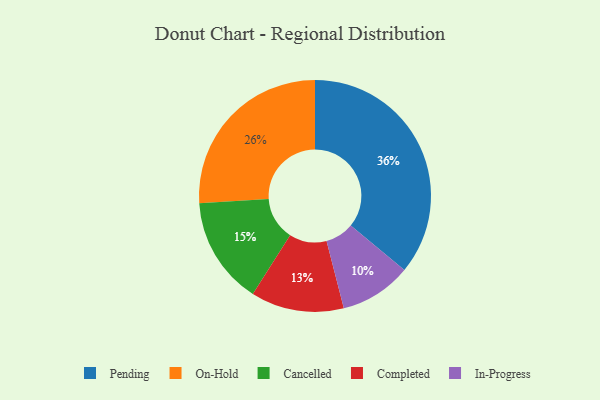
{"axis": {"x": "Category", "y": "Percentage"}, "legend": ["Cancelled", "Completed", "In-Progress", "On-Hold", "Pending"], "data": [{"x": "On-Hold", "y": 26, "type": "On-Hold"}, {"x": "Pending", "y": 36, "type": "Pending"}, {"x": "Completed", "y": 13, "type": "Completed"}, {"x": "In-Progress", "y": 10, "type": "In-Progress"}, {"x": "Cancelled", "y": 15, "type": "Cancelled"}]}